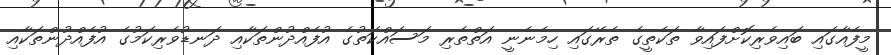
މީފެއާގައި ބައިވެރިކޮށްފައިވާ ތަކެތީގެ ތެރޭގައި ހިމެނެނީ އަތްތެރި މަސައްކަތުގެ އުފެއްދުންތަކާއި ދަނޑުވެރިކަމުގެ އުފެއްދުންތަކާއި